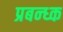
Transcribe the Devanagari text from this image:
प्रबन्ध्क